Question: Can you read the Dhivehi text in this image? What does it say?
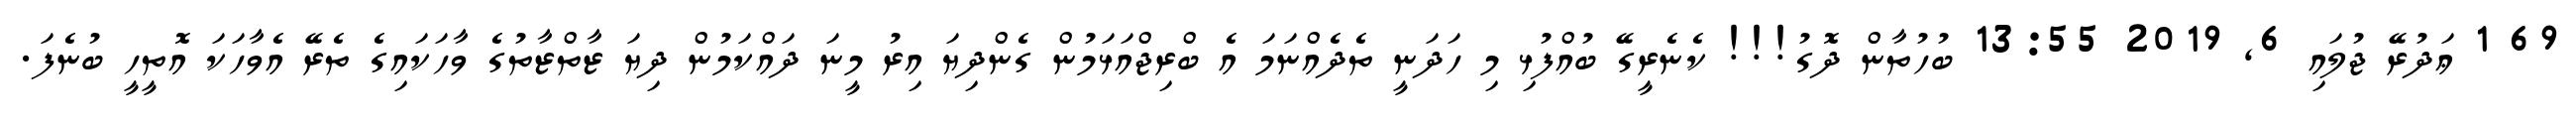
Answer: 69 1 ޢަދުރޭ ޖުލައި 6, 2019 13:55 ބުހުތާން ދޮގު!!! ކެނެރީގޭ ބުއްފުޅި މި ހަދަނީ ތެދެއްނަމަ އެ ބްރިޖްއަޅަމުން ގެންދިޔަ އިރު މީނަ ދައްކަމުން ދިޔަ ޒާތްޒާތުގެ ވާހަކައިގެ ތެރޭ އެވާހަކަ އޮތީހީ ބުނެފަ.